Annual report on the health of the army in India
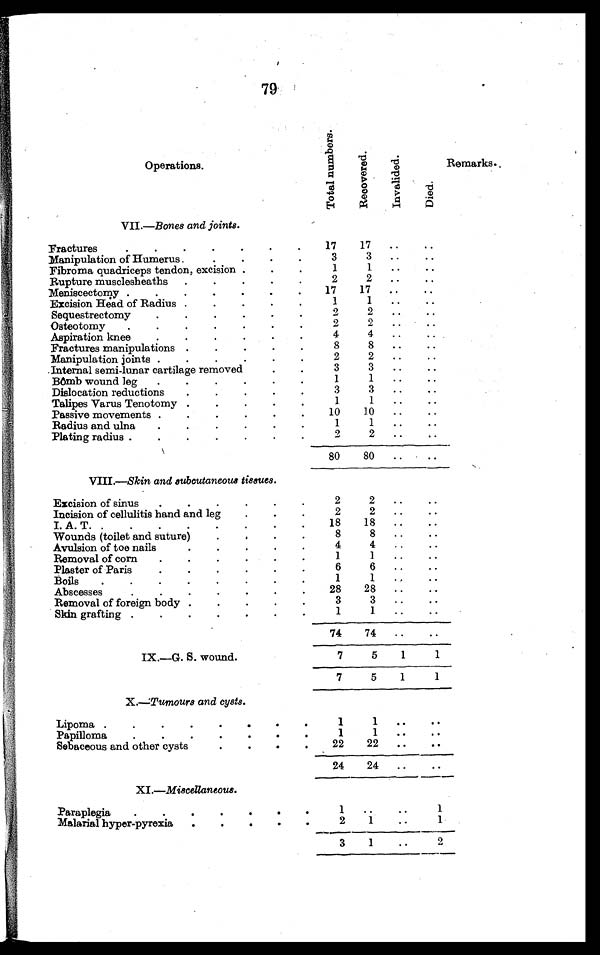
79
Operations.
T o t a l n u m b e r s .
R e c o v e r e d .
I n v a l i d e d .
D i e d .
Remarks.
VII.—Bones and joints.
Fractures. . .
17
17
. . .
. . .
Manipulation of Humerus . . .
3
3
. . .
. . .
Fibroma quadriceps tendon, excision . . .
1
1
. . .
. . .
Rupture musclesheaths . . .
2
2
. . .
. . .
17
17
M e n i s c e c t o m y . . .
. . .
. . .
Excision Head of Radius . . .
1
1
. . .
. . .
Sequestrectomy . . .
2
2
. . .
. . .
Osteotomy . . .
2
2
. . .
. . .
A s p i r a t i o n k n e e . . .
4
4
. . .
. . .
Fractures manipulations . . .
8
8
. . .
. . .
Manipulation joints . . .
2
2
. . .
. . .
Internal semi-lunar cartilage removed . . .
3
3
. . .
. . .
Bômb wound leg . . .
1
1
. . .
. . .
Dislocation reductions . . .
3
3
. . .
. . .
Talipes Varus Tenotomy . . .
1
1
. . .
. . .
10
10
Passive movements . . .
. . .
. . .
Radius and ulna. . .
1
1
. . .
. . .
Plating radius . . .
2
2
. . .
. . .
80
80
. . .
. . .
VIII.—Skin and subcutaneous tissues.
Excision of sinus. . .
2
2
. . .
. . .
Incision of cellulitis hand and leg . . .
2
2
. . .
. . .
I.A.T . . .
18
18
. . .
. . .
Wounds (toilet and suture) . . .
8
8
. . .
. . .
Avulsion of toe nails. . .
4
4
. . .
. . .
Removal of corn . . .
1
1
. . .
. . .
Plaster of Paris . . .
6
6
. . .
. . .
Boils . . .
1
1 . . .
. . .
28
28
Abscesses . . .
. . .
. . .
Removal of foreign body . . .
3
3
. . .
. . .
Skin grafting . . .
1
1
. . .
. . .
74
74
. . .
. . .
IX.—G. S. wound.
7
5
1
1
7
5
1
1
X
— T u m o u r s a n d c y s t s .
Lipoma . . .
1
1
. . .
. . .
P a p i l l o m a . . .
1
1
. . .
. . .
22
Sebaceous and other cysts. . .
22
. . .
. . .
24
24
. . .
. . .
X I . —
M i s c e l l a n e o u s
Paraplegia . . .
1
. . .
. . .
1
Malarial hyper-pyrexia . . .
2
1
. . .
1
3
1
. . .
2